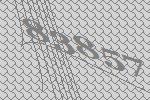
83857